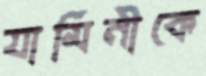
যামিনীকে